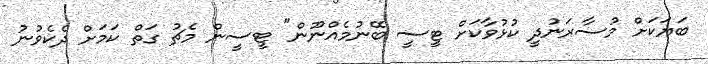
ބަޔަކަށް މުސާރަނުދީ ކުޅުވާކަށް ޓީސީ ބޭނުމެއްނޫން" ޓީސީން މެޗު ގަތް ކަމަށް ދެކެވުނު